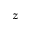
z